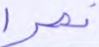
نصرا